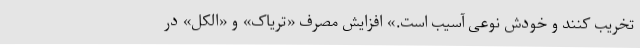
تخریب کنند و خودش نوعی آسیب است.» افزایش مصرف «تریاک» و «الکل» در